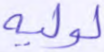
لوليه